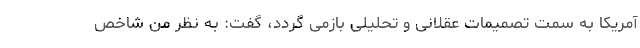
آمریکا به سمت تصمیمات عقلانی و تحلیلی بازمی گردد، گفت: به نظر من شاخص